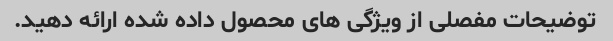
توضیحات مفصلی از ویژگی های محصول داده شده ارائه دهید.